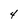
Character: 4